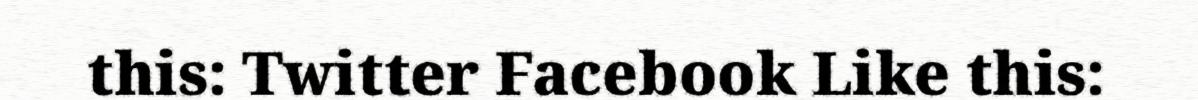
this: Twitter Facebook Like this: